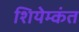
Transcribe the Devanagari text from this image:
शियेम्कंत